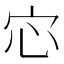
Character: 𫲽